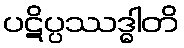
ပဋိပ္ပဿဒ္ဓါတိ